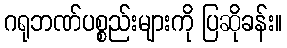
ဂရုဘဏ်ပစ္စည်းများကို ပြဆိုခန်း။